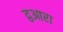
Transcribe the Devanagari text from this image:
द्वआरा